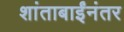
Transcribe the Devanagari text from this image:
शांताबाईंनंतर